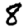
Digit: 8